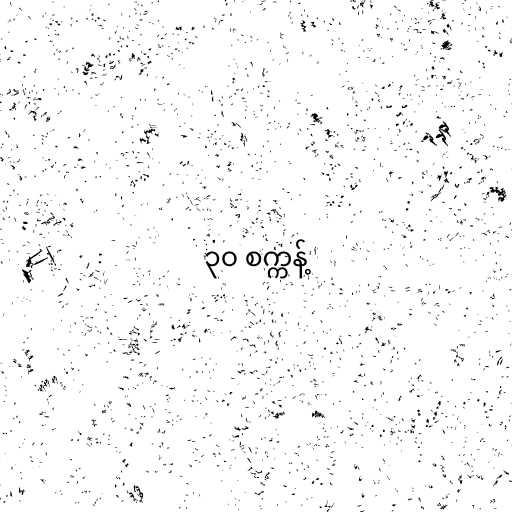
၃၀ စက္ကန့်